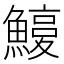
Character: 𩺽